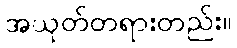
အယုတ်တရားတည်း။